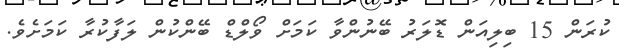
ކުރަން 15 ބިލިއަން ޑޮލަރު ބޭނުންވާ ކަމަށް ވޯލްޑް ބޭންކުން ލަފާކުރާ ކަމަށެވެ.